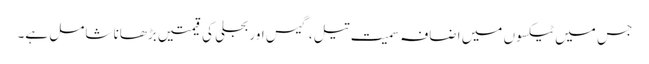
جس میں ٹیکسوں میں اضافہ سمیت تیل، گیس اور بجلی کی قیمتیں بڑھانا شامل ہے۔